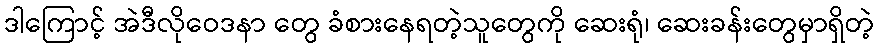
ဒါကြောင့် အဲဒီလိုဝေဒနာ တွေ ခံစားနေရတဲ့သူတွေကို ဆေးရုံ၊ ဆေးခန်းတွေမှာရှိတဲ့